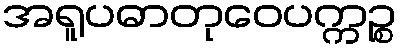
အရူပဓာတုဝေပက္ကဉ္စ